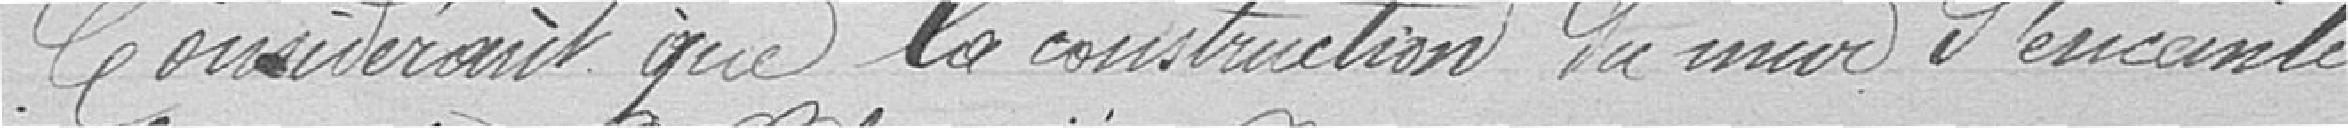
Considérant que la construction du mur d'enceinte